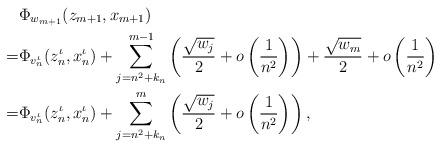
LaTeX: \begin{align*}& \Phi_{w_{m+1}}(z_{m+1}, x_{m+1}) \\=& \Phi_{v^\iota_n}(z^\iota_n, x^\iota_n)+\sum_{j=n^2+k_n}^{m-1}\left(\frac{\sqrt{w_j}}{2}+o\left(\frac{1}{n^2}\right)\right) + \frac{\sqrt{w_m}}{2}+o\left(\frac{1}{n^2}\right)\\=& \Phi_{v^\iota_n}(z^\iota_n, x^\iota_n)+\sum_{j=n^2+k_n}^{m}\left(\frac{\sqrt{w_j}}{2}+o\left(\frac{1}{n^2}\right)\right),\end{align*}